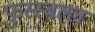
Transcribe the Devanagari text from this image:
फुस्स्बल्ल